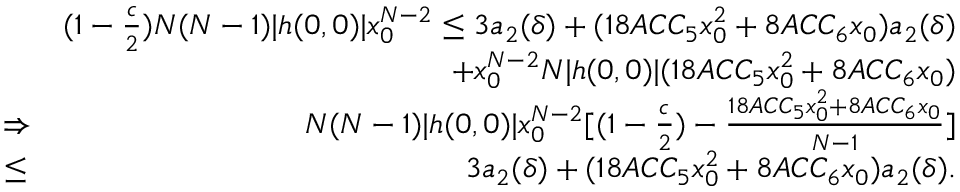
\begin{array} { r l r } & { } & { ( 1 - \frac { c } { 2 } ) N ( N - 1 ) | h ( 0 , 0 ) | x _ { 0 } ^ { N - 2 } \leq 3 a _ { 2 } ( \delta ) + ( 1 8 A C C _ { 5 } x _ { 0 } ^ { 2 } + 8 A C C _ { 6 } x _ { 0 } ) a _ { 2 } ( \delta ) } \\ & { } & { + x _ { 0 } ^ { N - 2 } N | h ( 0 , 0 ) | ( 1 8 A C C _ { 5 } x _ { 0 } ^ { 2 } + 8 A C C _ { 6 } x _ { 0 } ) } \\ & { \Rightarrow } & { N ( N - 1 ) | h ( 0 , 0 ) | x _ { 0 } ^ { N - 2 } [ ( 1 - \frac { c } { 2 } ) - \frac { 1 8 A C C _ { 5 } x _ { 0 } ^ { 2 } + 8 A C C _ { 6 } x _ { 0 } } { N - 1 } ] } \\ & { \leq } & { 3 a _ { 2 } ( \delta ) + ( 1 8 A C C _ { 5 } x _ { 0 } ^ { 2 } + 8 A C C _ { 6 } x _ { 0 } ) a _ { 2 } ( \delta ) . } \end{array}